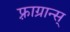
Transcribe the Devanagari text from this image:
फ़्राग्रान्स्